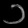
Digit: ၁